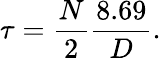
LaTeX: \tau={\frac{N}{2}}{\frac{8.69}{D}}.